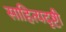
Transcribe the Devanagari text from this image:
साहित्यदृष्टी